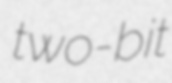
two-bit